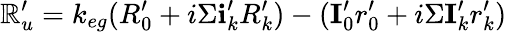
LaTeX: \mathbb{R}_{u}^{\prime}=k_{eg}(R_{0}^{\prime}+i\Sigma\textbf{i}_{k}^{\prime}R_{k}^{\prime})-(\textbf{I}_{0}^{\prime}r_{0}^{\prime}+i\Sigma\textbf{I}_{k}^{\prime}r_{k}^{\prime})